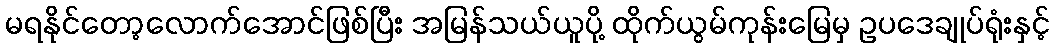
မရနိုင်တော့လောက်အောင်ဖြစ်ပြီး အမြန်သယ်ယူပို့ ထိုက်ယွမ်ကုန်းမြေမှ ဥပဒေချုပ်ရုံးနှင့်